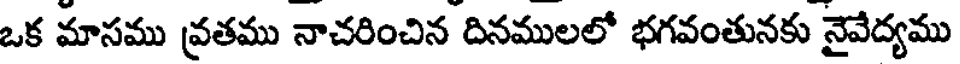
ఒక మాసము వ్రతము నాచరించిన దినములలో భగవంతునకు నైవేద్యము